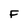
Character: F